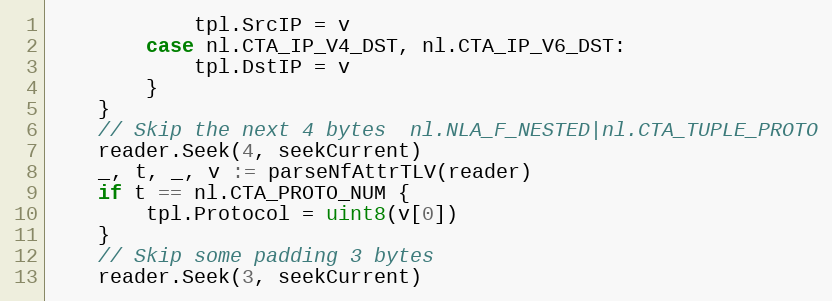
Language: Go
			tpl.SrcIP = v
		case nl.CTA_IP_V4_DST, nl.CTA_IP_V6_DST:
			tpl.DstIP = v
		}
	}
	// Skip the next 4 bytes  nl.NLA_F_NESTED|nl.CTA_TUPLE_PROTO
	reader.Seek(4, seekCurrent)
	_, t, _, v := parseNfAttrTLV(reader)
	if t == nl.CTA_PROTO_NUM {
		tpl.Protocol = uint8(v[0])
	}
	// Skip some padding 3 bytes
	reader.Seek(3, seekCurrent)